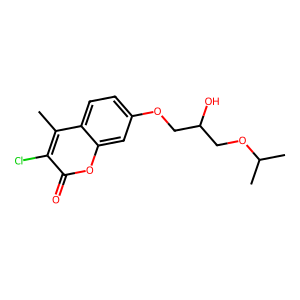
SMILES: Cc1c(Cl)c(=O)oc2cc(OCC(O)COC(C)C)ccc12
Inhibits HIV replication: No